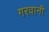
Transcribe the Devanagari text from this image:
गरवानी